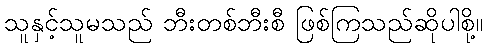
သူနှင့်သူမသည် ဘီးတစ်ဘီးစီ ဖြစ်ကြသည်ဆိုပါစို့။